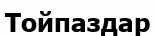
Тойпаздар